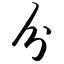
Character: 分